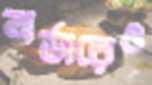
অর্ডারেও